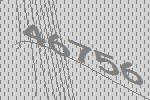
46756